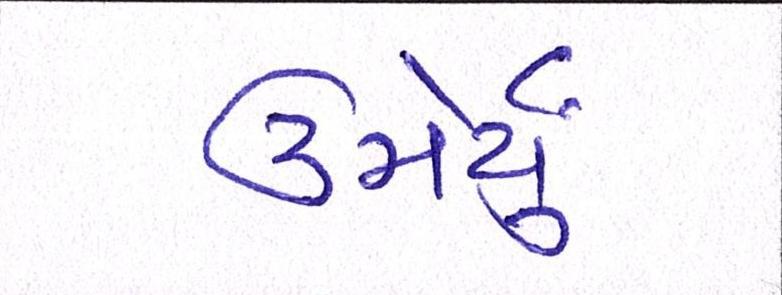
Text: ઉમેર્યું